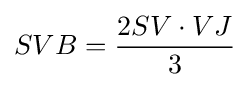
SVB={\frac {2SV\cdot VJ}{3}}